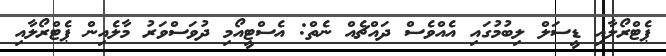
ޕެޓްރޯލާއި ޑީސަލް ލިބުމުގައި އެއްވެސް ދައްޗެއް ނެތް: އެސްޓީއޯމި ދުވަސްވަރު މާލެއިން ޕެޓްރޯލާއި